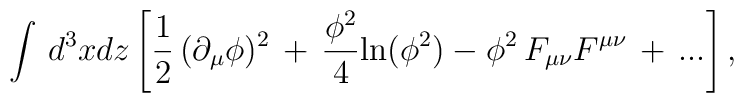
\int \, d^3x dz \left [ {1 \over 2}\, (\partial_{\mu}\phi)^2  \, + \, {\phi^2 \over 4}{\rm ln}(\phi^2) -\phi^2 \, F_{\mu\nu}F^{\mu\nu} \, + \, ... \right ],